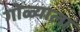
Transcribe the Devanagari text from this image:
गोळ्याला